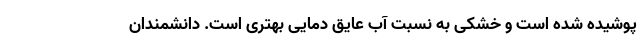
پوشیده شده است و خشکی به نسبت آب عایق دمایی بهتری است. دانشمندان